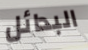
البدائل